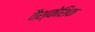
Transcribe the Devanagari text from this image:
वैश्केशिक